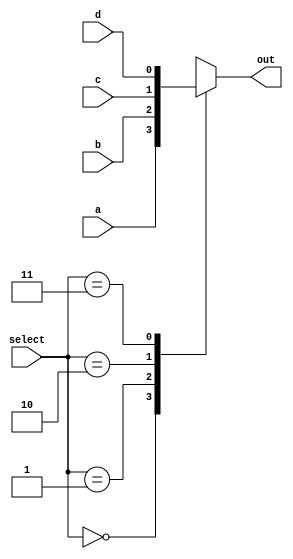
module mux41 (
    input a,
    input b,
    input c,
    input d,
    input [1:0] select,
    output reg out
);

    always @(*) begin
        case (select)
            2'b00: out = a;
            2'b01: out = b;
            2'b10: out = c;
            2'b11: out = d;
            default: out = 1'bx;
        endcase
    end

endmodule